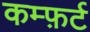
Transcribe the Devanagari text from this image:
कम्फ़र्ट